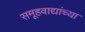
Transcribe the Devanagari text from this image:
समूहवाद्यांच्या